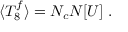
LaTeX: \langle T _ { 8 } ^ { f } \rangle = N _ { c } N [ U ] \; .